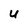
Character: U